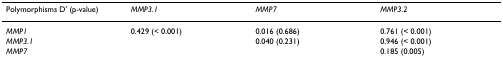
| Polymorphisms D' (p-value) | MMP3.1 | MMP7 | MMP3.2 |
 | --- | --- | --- | --- |
 | MMP1 | 0.429 (< 0.001) | 0.016 (0.686) | 0.761 (< 0.001) |
 | MMP3.1 |  | 0.040 (0.231) | 0.946 (< 0.001) |
 | MMP7 |  |  | 0.185 (0.005) |